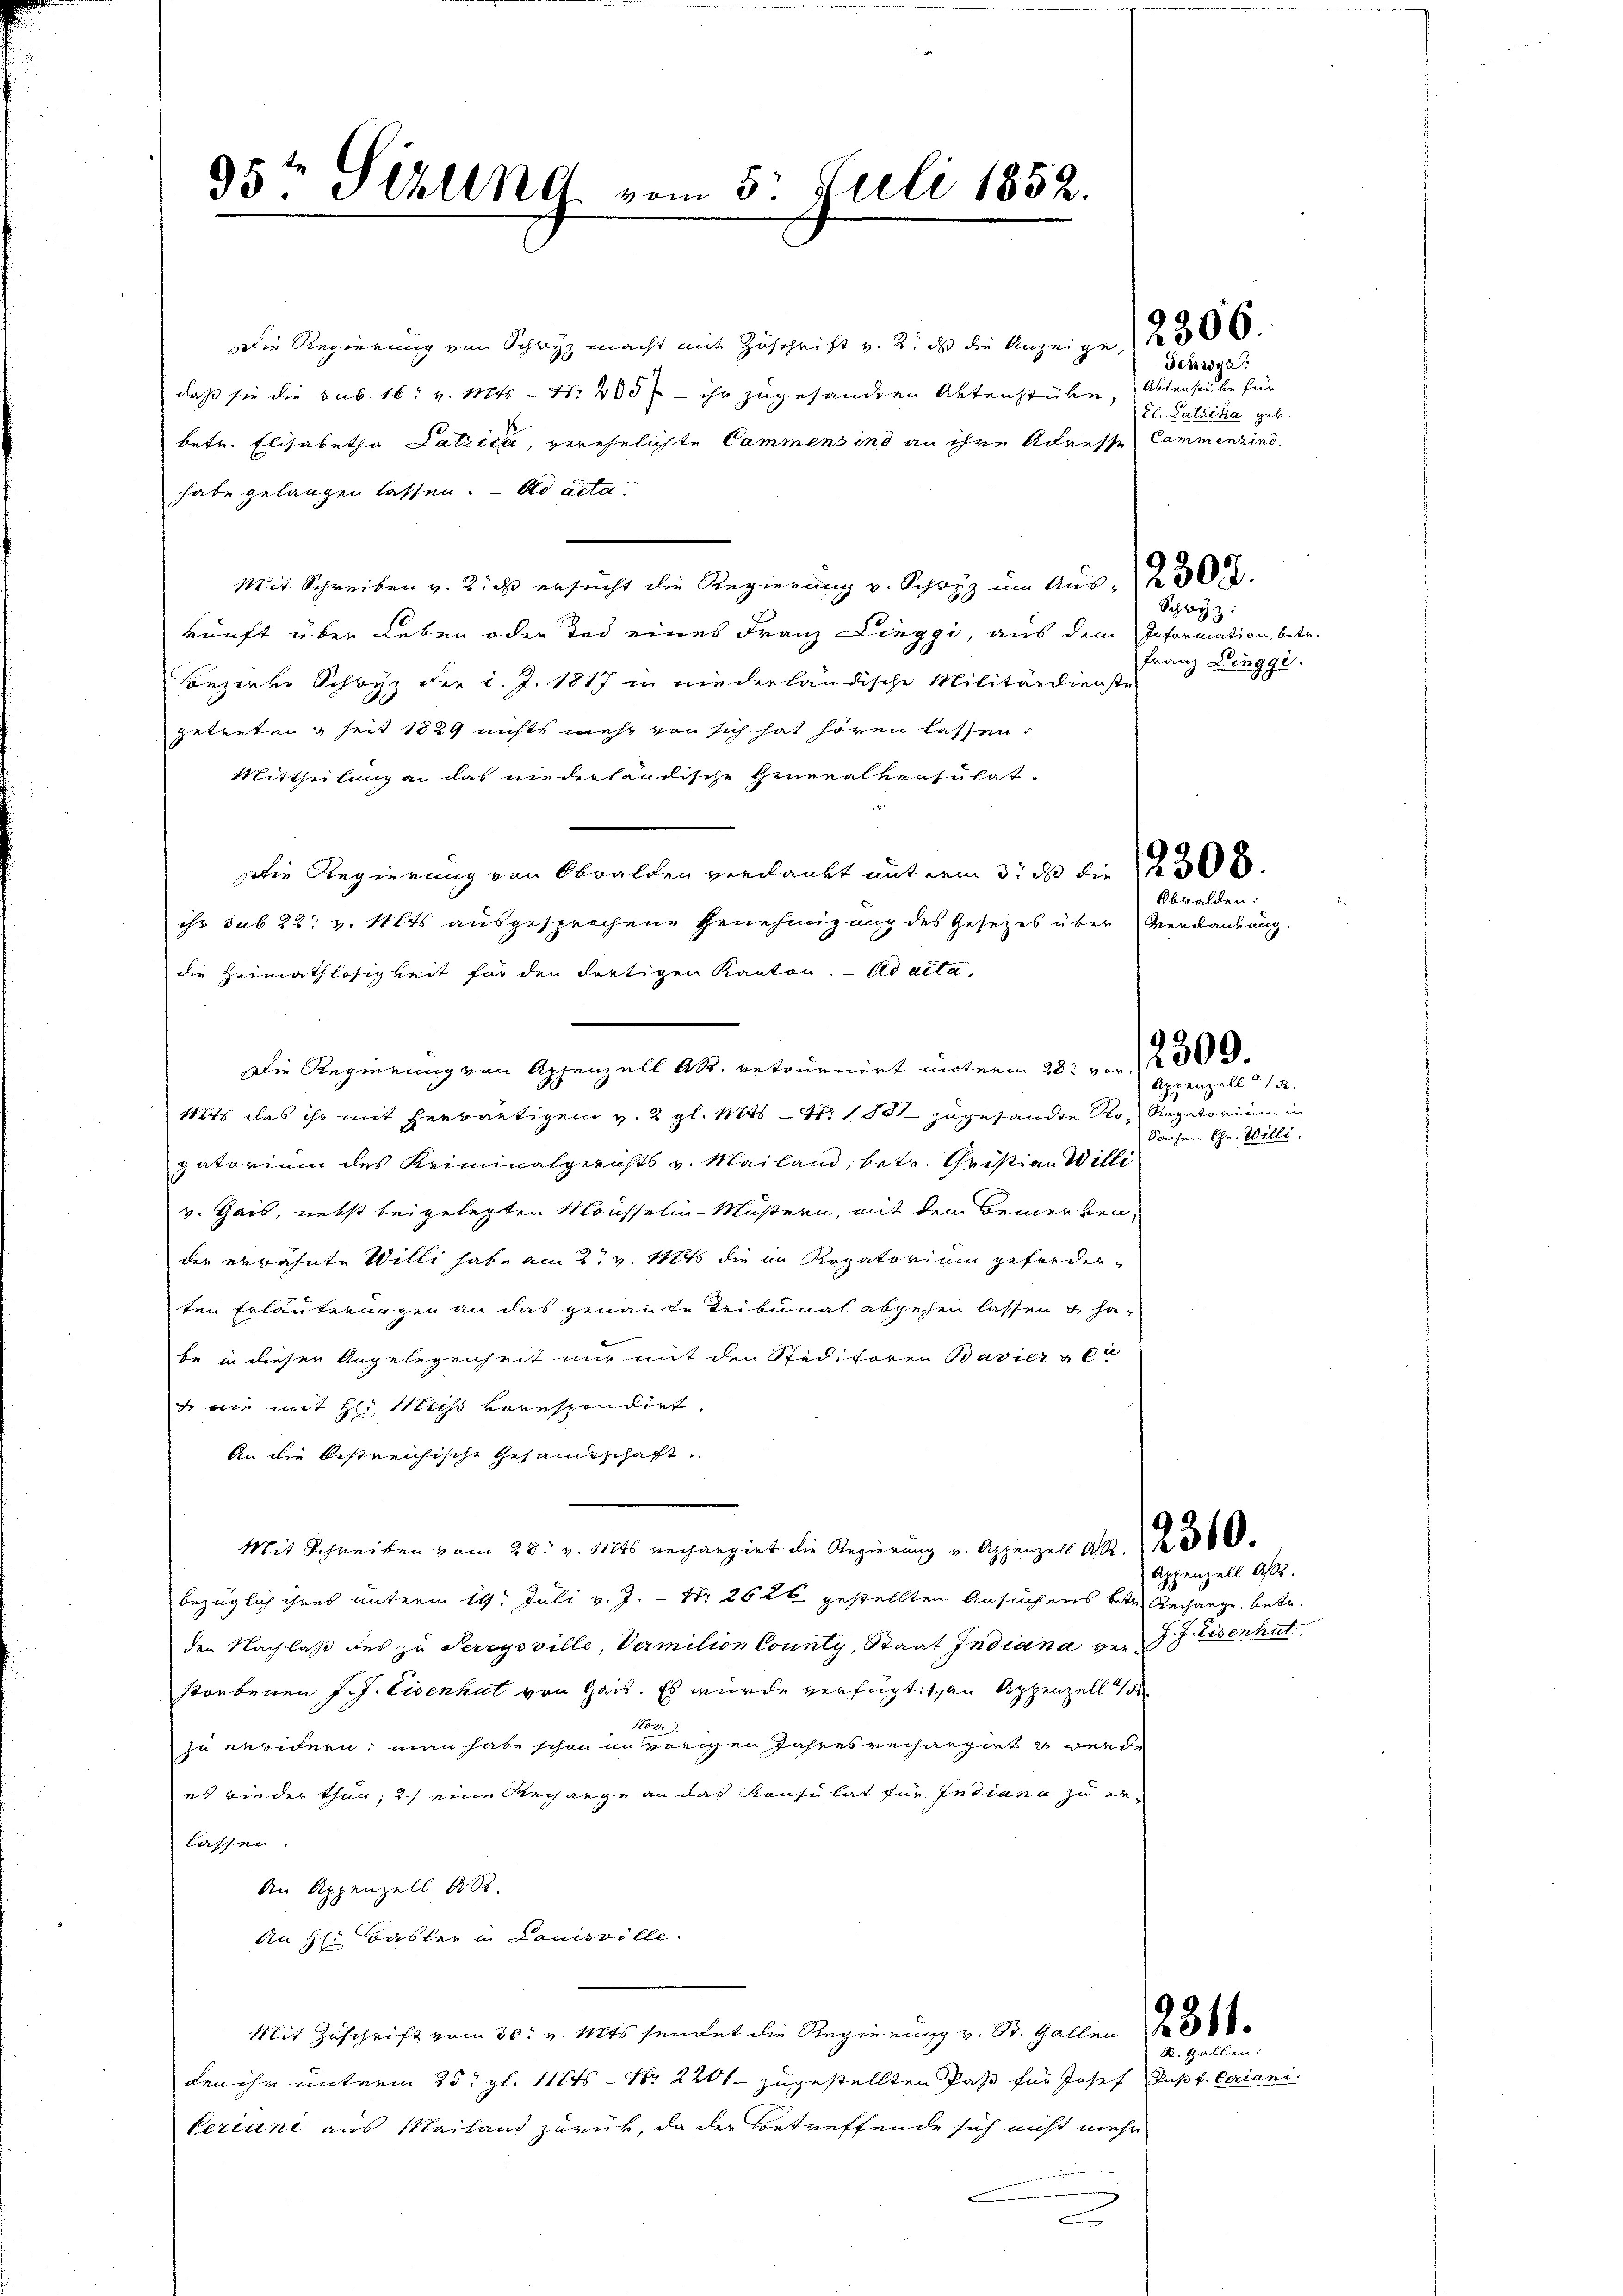
95te Sihllnd vom 5. Juli 1852.

Die Regierung von Schwyz macht mit Zuschrift v. 2. ds die Anzeige § 306.
daß sie die sub 16: v. Mts. - Nr. 200 f - ihr zugesandten Aktenstüke Aktenstube für
betr. Elisabetha Latzica, verehelichte Cammenzind an ihre Adresse Cammenzind.
habe gelangen lassen. ad acta.
Mit Schreiben v. 2. ds ersucht die Regierung v. Schwyz im Aus- 30.
kunft über Leben oder Tod eines Franz Linggi, aus dem Information, betr.
Conzerte Schwyz der l. J. 1817 in niederländische Militärdienste
getreten & seit 1829 nichts mehr von sich hat hören lassen.
Mittheilung an das niederländische Generalkonsulat
Die Regierung von Obwalden verdankt unterm 3. da die 300.
ihr sub 22. v. Mts. ausgesprochene Genehmigung des Gesetzes über Verdankung.
die Heimathlosigkeit für den dortigen Kanton. ad acta
Die Regierung von Appenzell A.R. retournirt materm 28. von 1309.
1its das ihr mit herbäutigen v. 2 gl. Mts. - 4. 1881 zugesandte Pro- Ragatorium in
patorium des Kriminalgerichts v. Mailand, betr. Christian Willi
v. Gais, nebst beigelegten Mousselin-Müßern, mit dem Bemerken,
der erwähnte Willi habe am 2. v. Mts die in Rogatorium geforderten Erläuterungen an das genannte Tribunal abgehen lassen & ha
be in dieser Angelegenheit nur mit den Speditoren Bavier & Ci
 wie mit H. Mich vorespondirt,
An die bestreichische Gesandtschaft.
Mit Schreiben vom 28. v. 11t rechargirt die Regierung v. Appenzell A. 1 f 30
bezüglich ihres unterm 19. Juli v. J. Nr. 26 et gestellten Ansuchens betr. Rechange, betr.
den Nachlaß des zu Serrysville, Vermition County, Staat Indiana ver- J. J. Eisenhut.
storbenen J. J. Eisenhut von Gais. Es wurde verfügt: 1., an Appenzell
102.
zu erwidern, man habe schon in vorigen Jahres rechargirt u werde
es bieder thun; 2.) eine Recharge an das Konsulat für Indiana zu erlassen.
An Appenzell A.
An hl. Basler in Louisville.
Mit Zŭschrift vom 30. v. Mts. sendet die Regierŭng v. St. Gallen 30
den ihr unterm 25. gl. 1124 - Nr. 2201 zugestellten Paß für Josef Papf. Ceriani
Ceriani aus Mailand zurück, da der Betreffende sich nicht mehr
c

Schwyz:
2t. Latzika geb.

Schwyz:
Franz Lingge

Obwalden:

Appenzell 14.
Sachen Chr. Willi

Appenzell A.

R. Gallen.